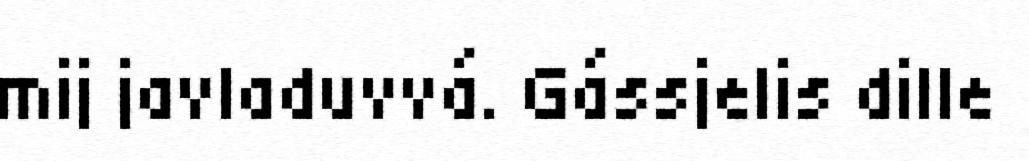
mij javladuvvá. Gássjelis dille